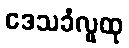
ဒေသခံလူထု